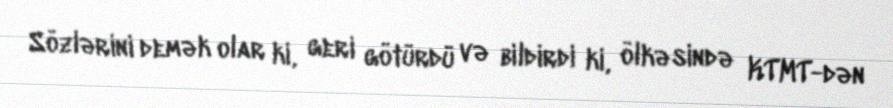
Sözlərini demək olar ki, geri götürdü və bildirdi ki, ölkəsində KTMT-dən